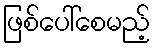
ဖြစ်ပေါ်စေမည့်